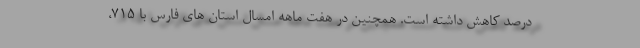
درصد کاهش داشته است. همچنین در هفت ماهه امسال استان های فارس با ۷۱۵،